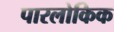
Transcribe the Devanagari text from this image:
पारलोकिक